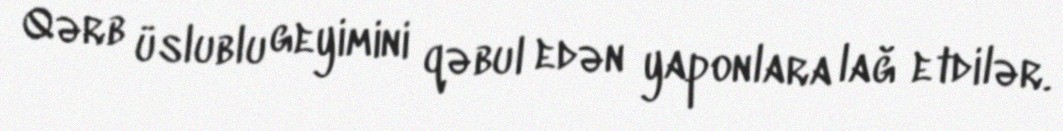
Qərb üslublu geyimini qəbul edən yaponlara lağ etdilər.